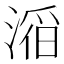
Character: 𪶴